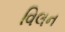
વિલન